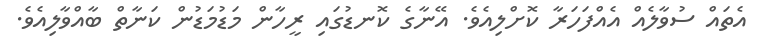
އެތައް ސުވާލެއް އެއްފަހަރާ ކޮށްލިއެވެ. އޭނާގެ ކޮނޑުގައި ރީހާން މަޑުމަޑުން ކަނާތް ބާއްވާލިއެވެ.